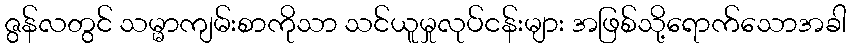
ဇွန်လတွင် သမ္မာကျမ်းစာကိုသာ သင်ယူမှုလုပ်ငန်းများ အဖြစ်သို့ရောက်သောအခါ